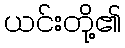
ယင်းတို့၏